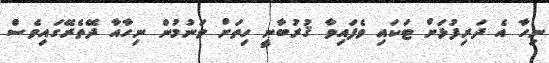
ނިހާ އެ ދަރިފުޅަށް ޓަކައި ވެފައިވާ ޤުރުބާނީ ހިތަށް ވަނުމުން ނިހާއާ ދޭތެރޭގައިވެސް